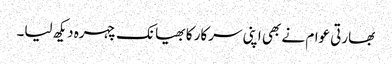
بھارتی عوام نے بھی اپنی سرکار کا بھیانک چہرہ دیکھ لیا۔